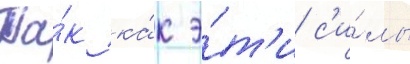
Та́к ка́к э́т'и с'и́лы